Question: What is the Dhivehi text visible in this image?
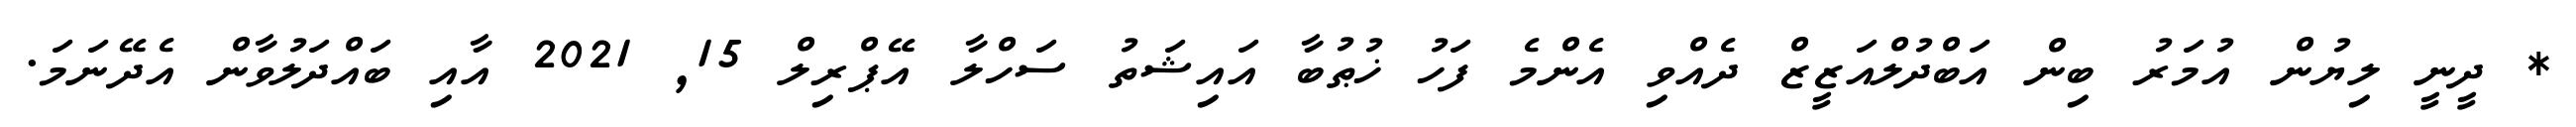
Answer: * ދީނީ ލިޔުން އުމަރު ބިން އަބްދުލްއަޒީޒް ދެއްވި އެންމެ ފަހު ޚުޠުބާ އައިޝަތު ސަހްލާ އޭޕްރިލް 15, 2021 އާއި ބައްދަލުވާން އެދޭނަމަ.